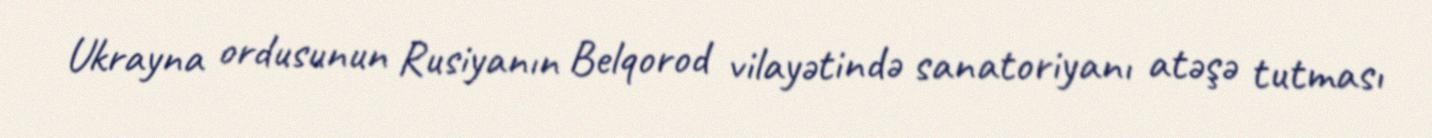
Ukrayna ordusunun Rusiyanın Belqorod vilayətində sanatoriyanı atəşə tutması